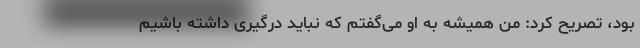
بود، تصریح کرد: من همیشه به او می‌گفتم که نباید درگیری داشته باشیم